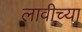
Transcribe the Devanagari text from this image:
लावीच्या